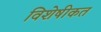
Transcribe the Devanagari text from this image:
विशेषीकत